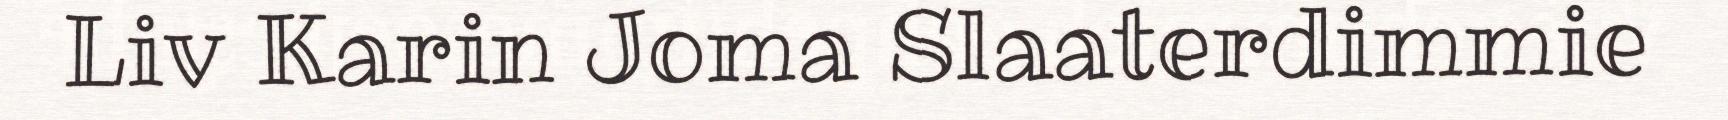
Liv Karin Joma Slaaterdimmie